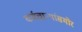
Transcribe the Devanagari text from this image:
कर्मचाऱ्यांसमोर